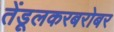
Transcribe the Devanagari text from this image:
तेंडूलकरबरोबर